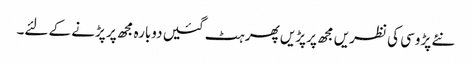
نئے پڑوسی کی نظریں مجھ پر پڑیں پھر ہٹ گئیں دوبارہ مجھ پر پڑنے کے لئے۔